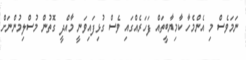
ނަމަވެސް މި އެންމެހާ ކާމިޔާބީތައް ފަހަރެއްގައި ވެސް ގުޅިފައިވަނީ މާއްދީ ގޮތުން މުސްލިމުންނަށް